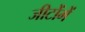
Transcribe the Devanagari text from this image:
जीटोंमें